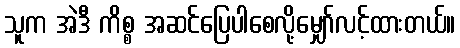
သူက အဲဒီ ကိစ္စ အဆင်ပြေပါစေလို့မျှော်လင့်ထားတယ်။